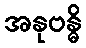
အနုဗန္ဓိ